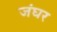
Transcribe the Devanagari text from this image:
जंघर